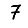
Digit: 7